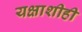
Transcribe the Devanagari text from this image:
यक्षाशीही